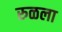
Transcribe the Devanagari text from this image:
रुळला